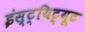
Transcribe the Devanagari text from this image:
इंस्ट्यिट्यूट